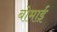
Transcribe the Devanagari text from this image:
बोमाई